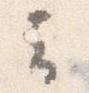
云